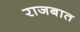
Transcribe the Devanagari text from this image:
राजबात